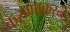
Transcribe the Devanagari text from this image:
करुणाकरन्टे